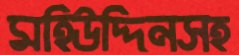
মহিউদ্দিনসহ